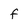
Character: f